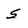
Character: 5